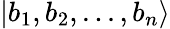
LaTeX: \vert b_{1},b_{2},...,b_{n}\rangle